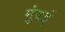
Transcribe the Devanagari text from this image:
मुंवई